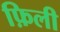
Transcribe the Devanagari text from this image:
फ़िली